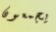
يجمعون